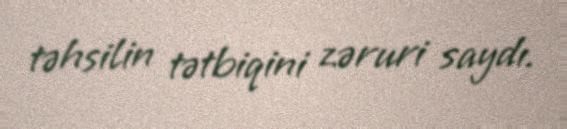
təhsilin tətbiqini zəruri saydı.